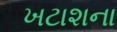
ખટાશના